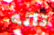
تائه